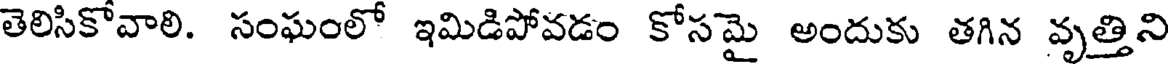
తెలిసికోవాలి. సంఘంలో ఇమిడిపోవడం కోసమై అందుకు తగిన వృత్తిని